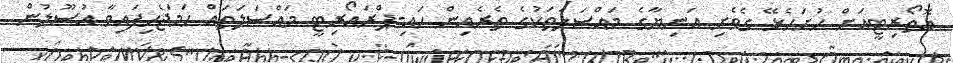
އޮތޯރިޓީއަށް ހުށަހެޅޭ ގެވެށި އަނިޔާގެ މައްސަލަތަކުގެ ތެރެއިން ހައި-ޕްރައޯރިޓީ މައްސަލަތައް ހަމަޖެހިފައިވާ އުސޫލުން